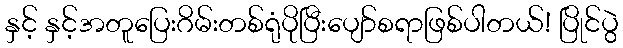
နှင့် နှင့်အတူပြေးဂိမ်းတစ်ရုံပိုပြီးပျော်စရာဖြစ်ပါတယ်! ပြိုင်ပွဲ